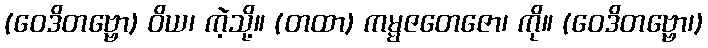
(ဝေဒိတဗ္ဗော) ဝိယ၊ ကဲ့သို့။ (တထာ) ကမ္မဇတေဇော၊ ကို။ (ဝေဒိတဗ္ဗော၊)